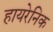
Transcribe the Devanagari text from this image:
हायरेनिक